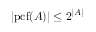
| \mathrm { { p c f } } ( A ) | \leq 2 ^ { | A | }